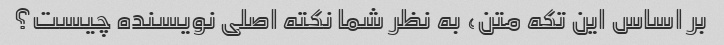
بر اساس این تکه متن، به نظر شما نکته اصلی نویسنده چیست؟